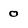
Character: 0